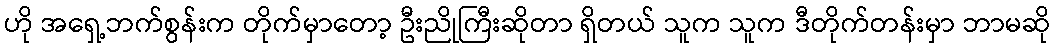
ဟို အရှေ့ဘက်စွန်းက တိုက်မှာတော့ ဦးညိုကြီးဆိုတာ ရှိတယ် သူက သူက ဒီတိုက်တန်းမှာ ဘာမဆို